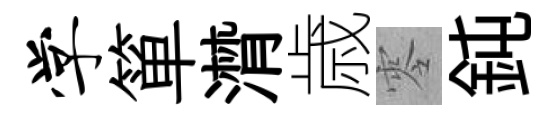
学箪潸歳零鈍